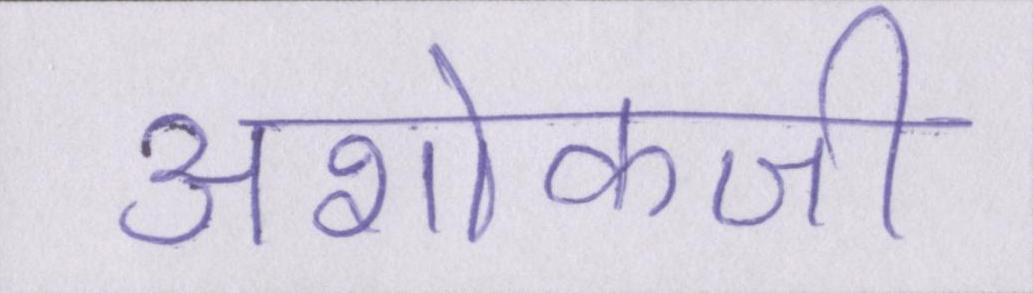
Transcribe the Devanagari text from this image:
अशोकजी